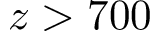
z > 7 0 0